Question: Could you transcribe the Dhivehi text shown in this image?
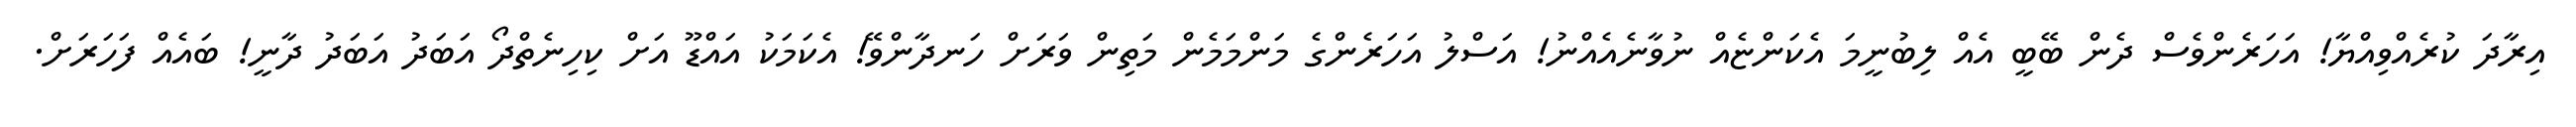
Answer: އިރާދަ ކުރެއްވިއްޔާ! އަހަރެންވެސް ދެން ބޭބީ އެއް ލިބުނީމަ އެކަންޏެއް ނުވާނެއެއްނު! އަސްލު އަހަރެންގެ މަންމަމެން މަތިން ވަރަށް ހަނދާންވޭ! އެކަމަކު އައްޑޫ އަށް ކިހިނެތްދޯ އަބަދު އަބަދު ދާނީ! ބައެއް ފަހަރަށް.